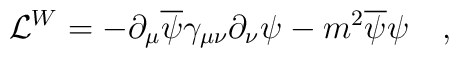
{\cal L}^{W}=-\partial_{\mu}\overline\psi\gamma_{\mu\nu}\partial_\nu\psi-m^2\overline\psi\psi \quad,